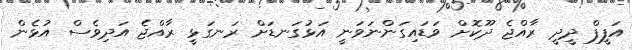
އަފީފް ދީދީ ރާއްޖެ ދޫކޮށް ވަޑައިގަންނަވަނީ އަޅުގަނޑަށް ރަނގަޅީ ރާއްޖެ އަދިވެސް އުޅެން